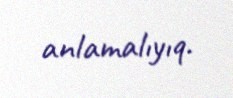
anlamalıyıq.